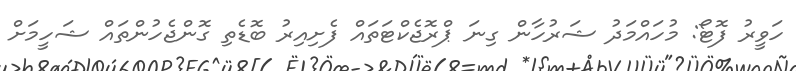
ހަވީރު ފޮޓޯ: މުހައްމަދު ޝަރުހާން ގިނަ ޕްރޮޖެކްޓަތައް ފެށިއިރު ބޮޑެތި ގޮންޖެހުންތައް ޝަހީމަށް